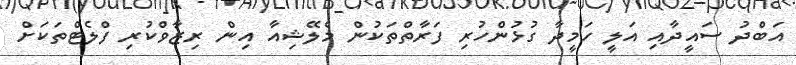
އަަބްދު ސައީދާއި އަލީ ހަމީދާ ގުޅުންހުރި ފަރާތްތަކުން މެލޭޝިއާ އިން ރިޒާވްކުރި ފްލެޓްތަކަށް